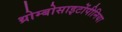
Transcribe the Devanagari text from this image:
थ्रोम्बोसाइटोंपीनिया